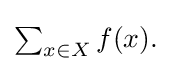
{\textstyle \sum _{x\in X}f(x).}